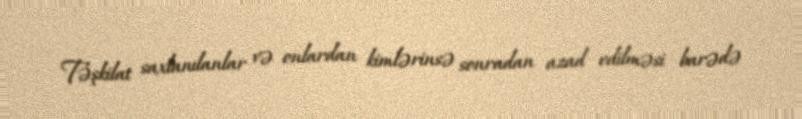
Təşkilat saxlanılanlar və onlardan kimlərinsə sonradan azad edilməsi barədə